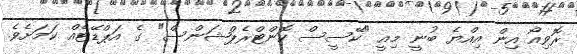
ރޮވިއޯ އިން އިއްޔެ ބުނީ މިއީ "ކޭސީސް ކޮންޓްރެޕްޝަންސް" ގެ އަޕްޑޭޓެއް ކަމަށެވެ.